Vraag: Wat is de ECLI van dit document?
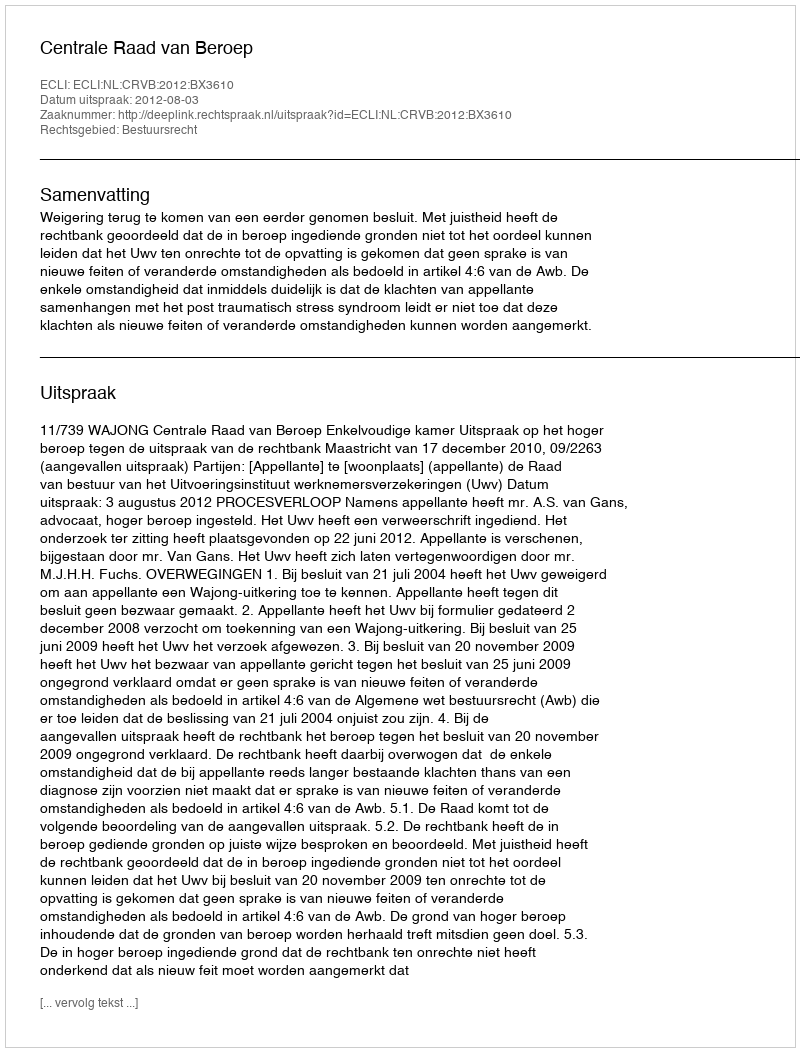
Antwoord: ECLI:NL:CRVB:2012:BX3610